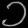
Digit: ၁